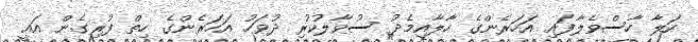
ކަލާ ހާސްވެލާފައި އަހަރެންގެ ހާލާއިމެދު ސުވާލުކުރި ދުވަހު އަހަރެންގެ ހިތް ފުރިގެން އައީ